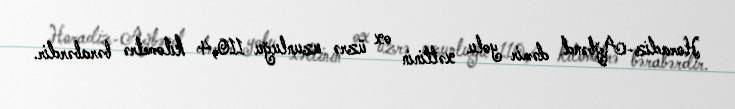
Horadiz-Ağbənd dəmir yolu xəttinin ox üzrə uzunluğu 110,4 kilometrə bərabərdir.